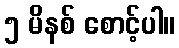
၅ မိနစ် စောင့်ပါ။